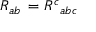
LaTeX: R _ { a b } \, = R ^ { c } { } _ { a b c }